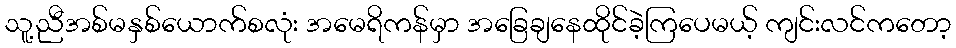
သူ့ညီအစ်မနှစ်ယောက်စလုံး အမေရိကန်မှာ အခြေချနေထိုင်ခဲ့ကြပေမယ့် ကျင်းလင်ကတော့